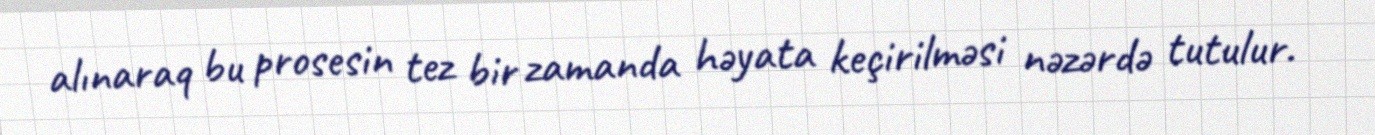
alınaraq bu prosesin tez bir zamanda həyata keçirilməsi nəzərdə tutulur.